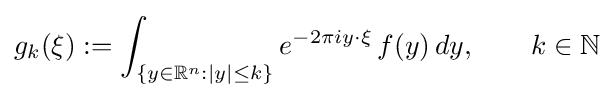
g_{k}(\xi ):=\int _{\{y\in \mathbb {R} ^{n}:\left\vert y\right\vert \leq k\}}e^{-2\pi iy\cdot \xi }\,f(y)\,dy,\qquad k\in \mathbb {N}